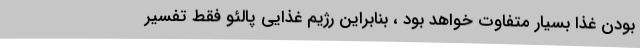
بودن غذا بسیار متفاوت خواهد بود ، بنابراین رژیم غذایی پالئو فقط تفسیر